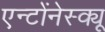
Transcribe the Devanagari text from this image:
एन्टोंनेस्क्यू